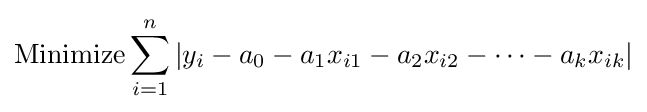
{\text{Minimize}}\sum _{i=1}^{n}|y_{i}-a_{0}-a_{1}x_{i1}-a_{2}x_{i2}-\cdots -a_{k}x_{ik}|